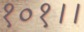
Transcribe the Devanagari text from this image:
१०१।।